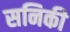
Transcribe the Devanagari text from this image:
सनिकी